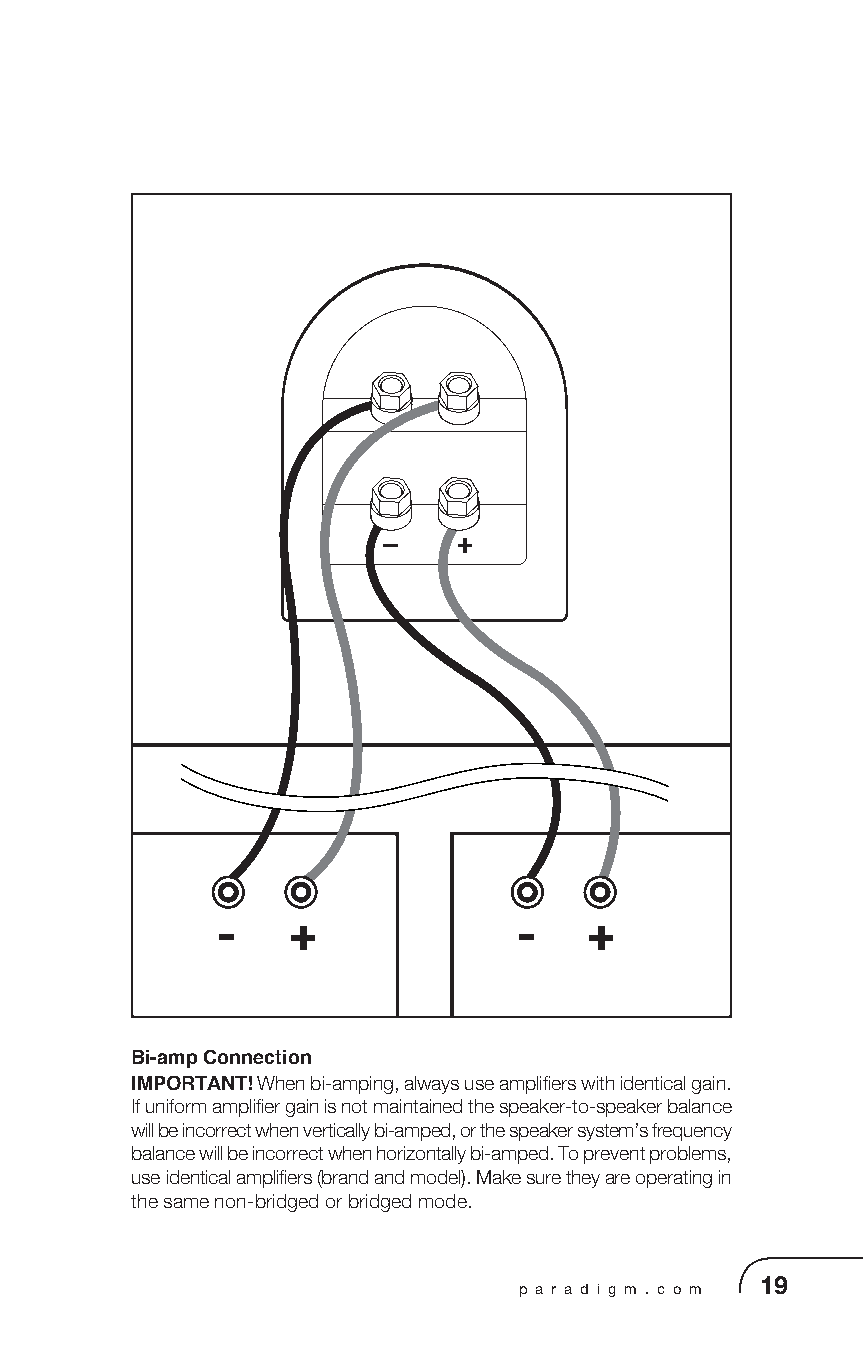
-    +              -    +
 Bi-amp Connection
 IMPORTANT! When bi-amping, always use amplifiers with identical gain.
 If uniform amplifier gain is not maintained the speaker-to-speaker balance
 will be incorrect when vertically bi-amped, or the speaker system’s frequency
 balance will be incorrect when horizontally bi-amped. To prevent problems,
 use identical amplifiers (brand and model). Make sure they are operating in
 the same non-bridged or bridged mode.
 p a r a d i g m . c o m 19